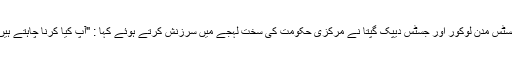
جسٹس مدن لوکور اور جسٹس دیپک گپتا نے مرکزی حکومت کی سخت لہجے میں سرزنش کرتے ہوئے کہا : "آپ کیا کرنا چاہتے ہیں؟